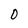
Character: 0